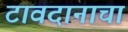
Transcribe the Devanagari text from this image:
टावदानाचा